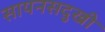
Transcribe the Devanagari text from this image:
सायनसदुखी